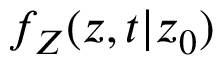
f _ { Z } ( z , t \vert z _ { 0 } )